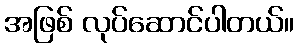
အဖြစ် လုပ်ဆောင်ပါတယ်။